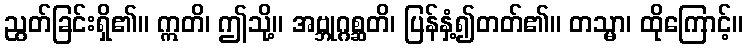
ညွတ်ခြင်းရှိ၏။ ဣတိ၊ ဤသို့။ အဗ္ဘုဂ္ဂစ္ဆတိ၊ ပြန်နှံ့၍တတ်၏။ တသ္မာ၊ ထိုကြောင့်။